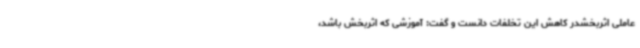
عاملی اثربخشدر کاهش این تخلفات دانست و گفت: آموزشی که اثربخش باشد،